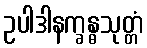
ဥပါဒါနက္ခန္ဓသုတ္တံ